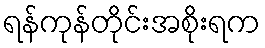
ရန်ကုန်တိုင်းအစိုးရက